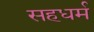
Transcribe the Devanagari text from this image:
सहधर्म